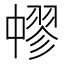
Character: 𦑬